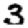
Digit: 3